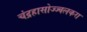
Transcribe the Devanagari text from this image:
चंद्रहासोज्ज्वलकरा